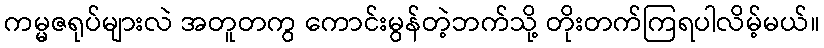
ကမ္မဇရုပ်များလဲ အတူတကွ ကောင်းမွန်တဲ့ဘက်သို့ တိုးတက်ကြရပါလိမ့်မယ်။